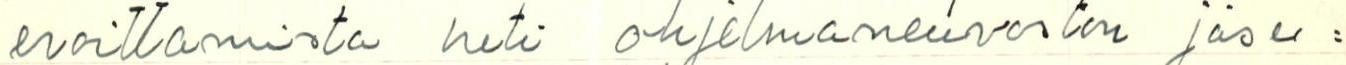
eroittamista heti ohjelmaneuvoston jäse=